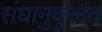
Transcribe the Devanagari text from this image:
संघानुकूलच